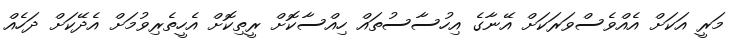
މަރީ އަކަށް އެއްވެސްވަރަކަށް އޭނާގެ އިހުސާސުތައް ހިއްސާކޮށް ރީތިކޮށް އެހީތެރިވުމަށް އެދޭކަށް ދަހެއް